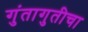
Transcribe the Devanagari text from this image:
गुंतागुतीचा